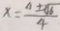
x = \frac { 4 \pm \sqrt { 6 } } { 4 }